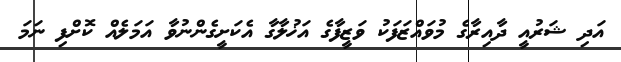
އަދި ޝަރުއީ ދާއިރާގެ މުވައްޒަފަކު ވަޒީފާގެ އަޚުލާގާ އެކަށީގެންނުވާ އަމަލެއް ކޮށްފި ނަމަ